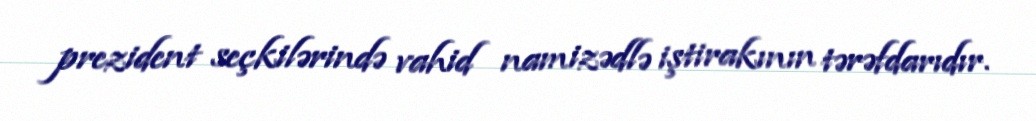
prezident seçkilərində vahid namizədlə iştirakının tərəfdarıdır.